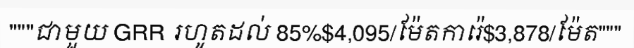
"""ជាមួយ GRR រហូតដល់ 85%$4,095/ម៉ែតការ៉េ$3,878/ម៉ែត"""